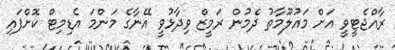
ރާއްޖެޓީވީ އަށް މައުލޫމާތު ދެމުން ރަމީޒް ވިދާޅުވީ އޭނާގެ މަންމަ އެޑިމިޓް ކޮށްފައި